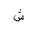
Letter: _shin